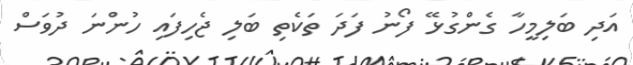
އަދި ބަލިމީހާ ގެންގުޅޭ ފޯނު ފަދަ ތަކެތި ބަލި ޖެހިފައި ހުންނަ ދުވަސް